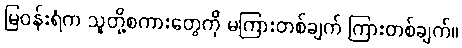
မြဝန်းရံက သူတို့စကားတွေကို မကြားတစ်ချက် ကြားတစ်ချက်။